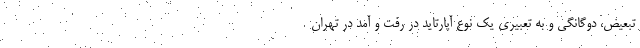
تبعیض، دوگانگی و به تعبیری یک نوع آپارتاید در رفت و آمد در تهران